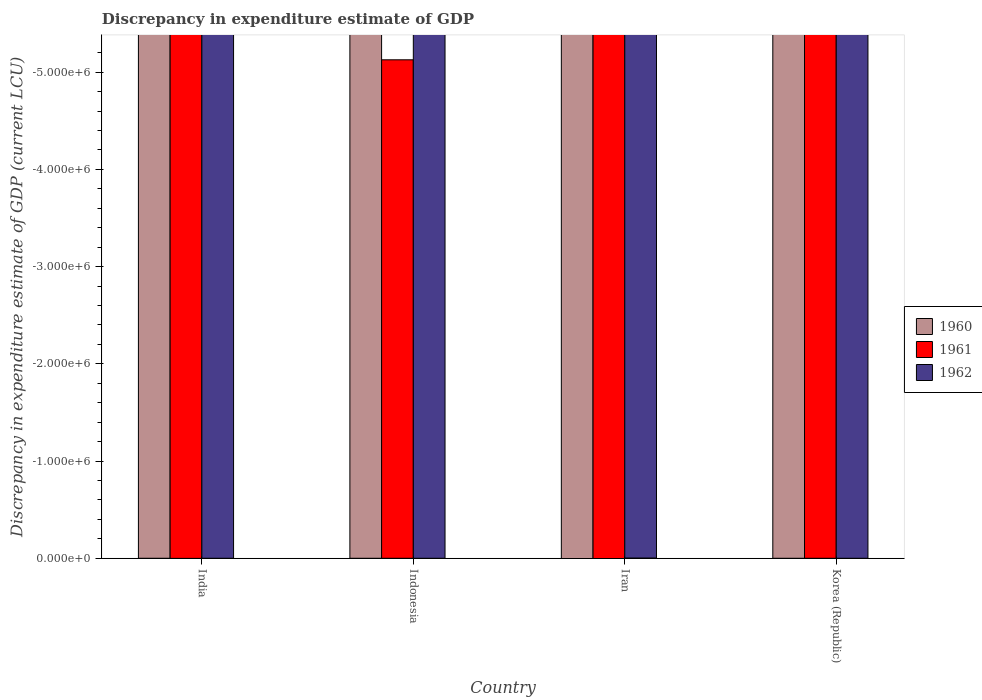
| Country | 1960 | 1961 | 1962 |
 | --- | --- | --- | --- |
 | India | -1.39e+10 | -1.51e+10 | -1.57e+10 |
 | Indonesia | -5.98e+06 | -5.13e+06 | -7.9e+06 |
 | Iran | -4.44e+10 | -4.48e+10 | -4.79e+10 |
 | Korea (Republic) | -4.22e+08 | -3.24e+08 | -4.47e+08 |